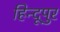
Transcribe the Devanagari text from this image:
हिन्दूपुर